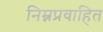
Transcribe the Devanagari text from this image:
निम्नप्रवाहित